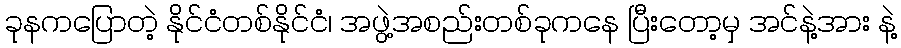
ခုနကပြောတဲ့ နိုင်ငံတစ်နိုင်ငံ၊ အဖွဲ့အစည်းတစ်ခုကနေ ပြီးတော့မှ အင်နဲ့အား နဲ့